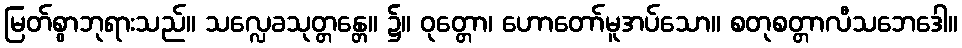
မြတ်စွာဘုရားသည်။ သလ္လေခသုတ္တန္တေ။ ၌။ ဝုတ္တော၊ ဟောတော်မူအပ်သော။ စတုစတ္တာလီသဘေဒေါ။